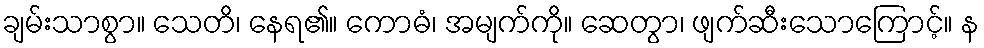
ချမ်းသာစွာ။ သေတိ၊ နေရ၏။ ကောဓံ၊ အမျက်ကို။ ဆေတွာ၊ ဖျက်ဆီးသောကြောင့်။ န